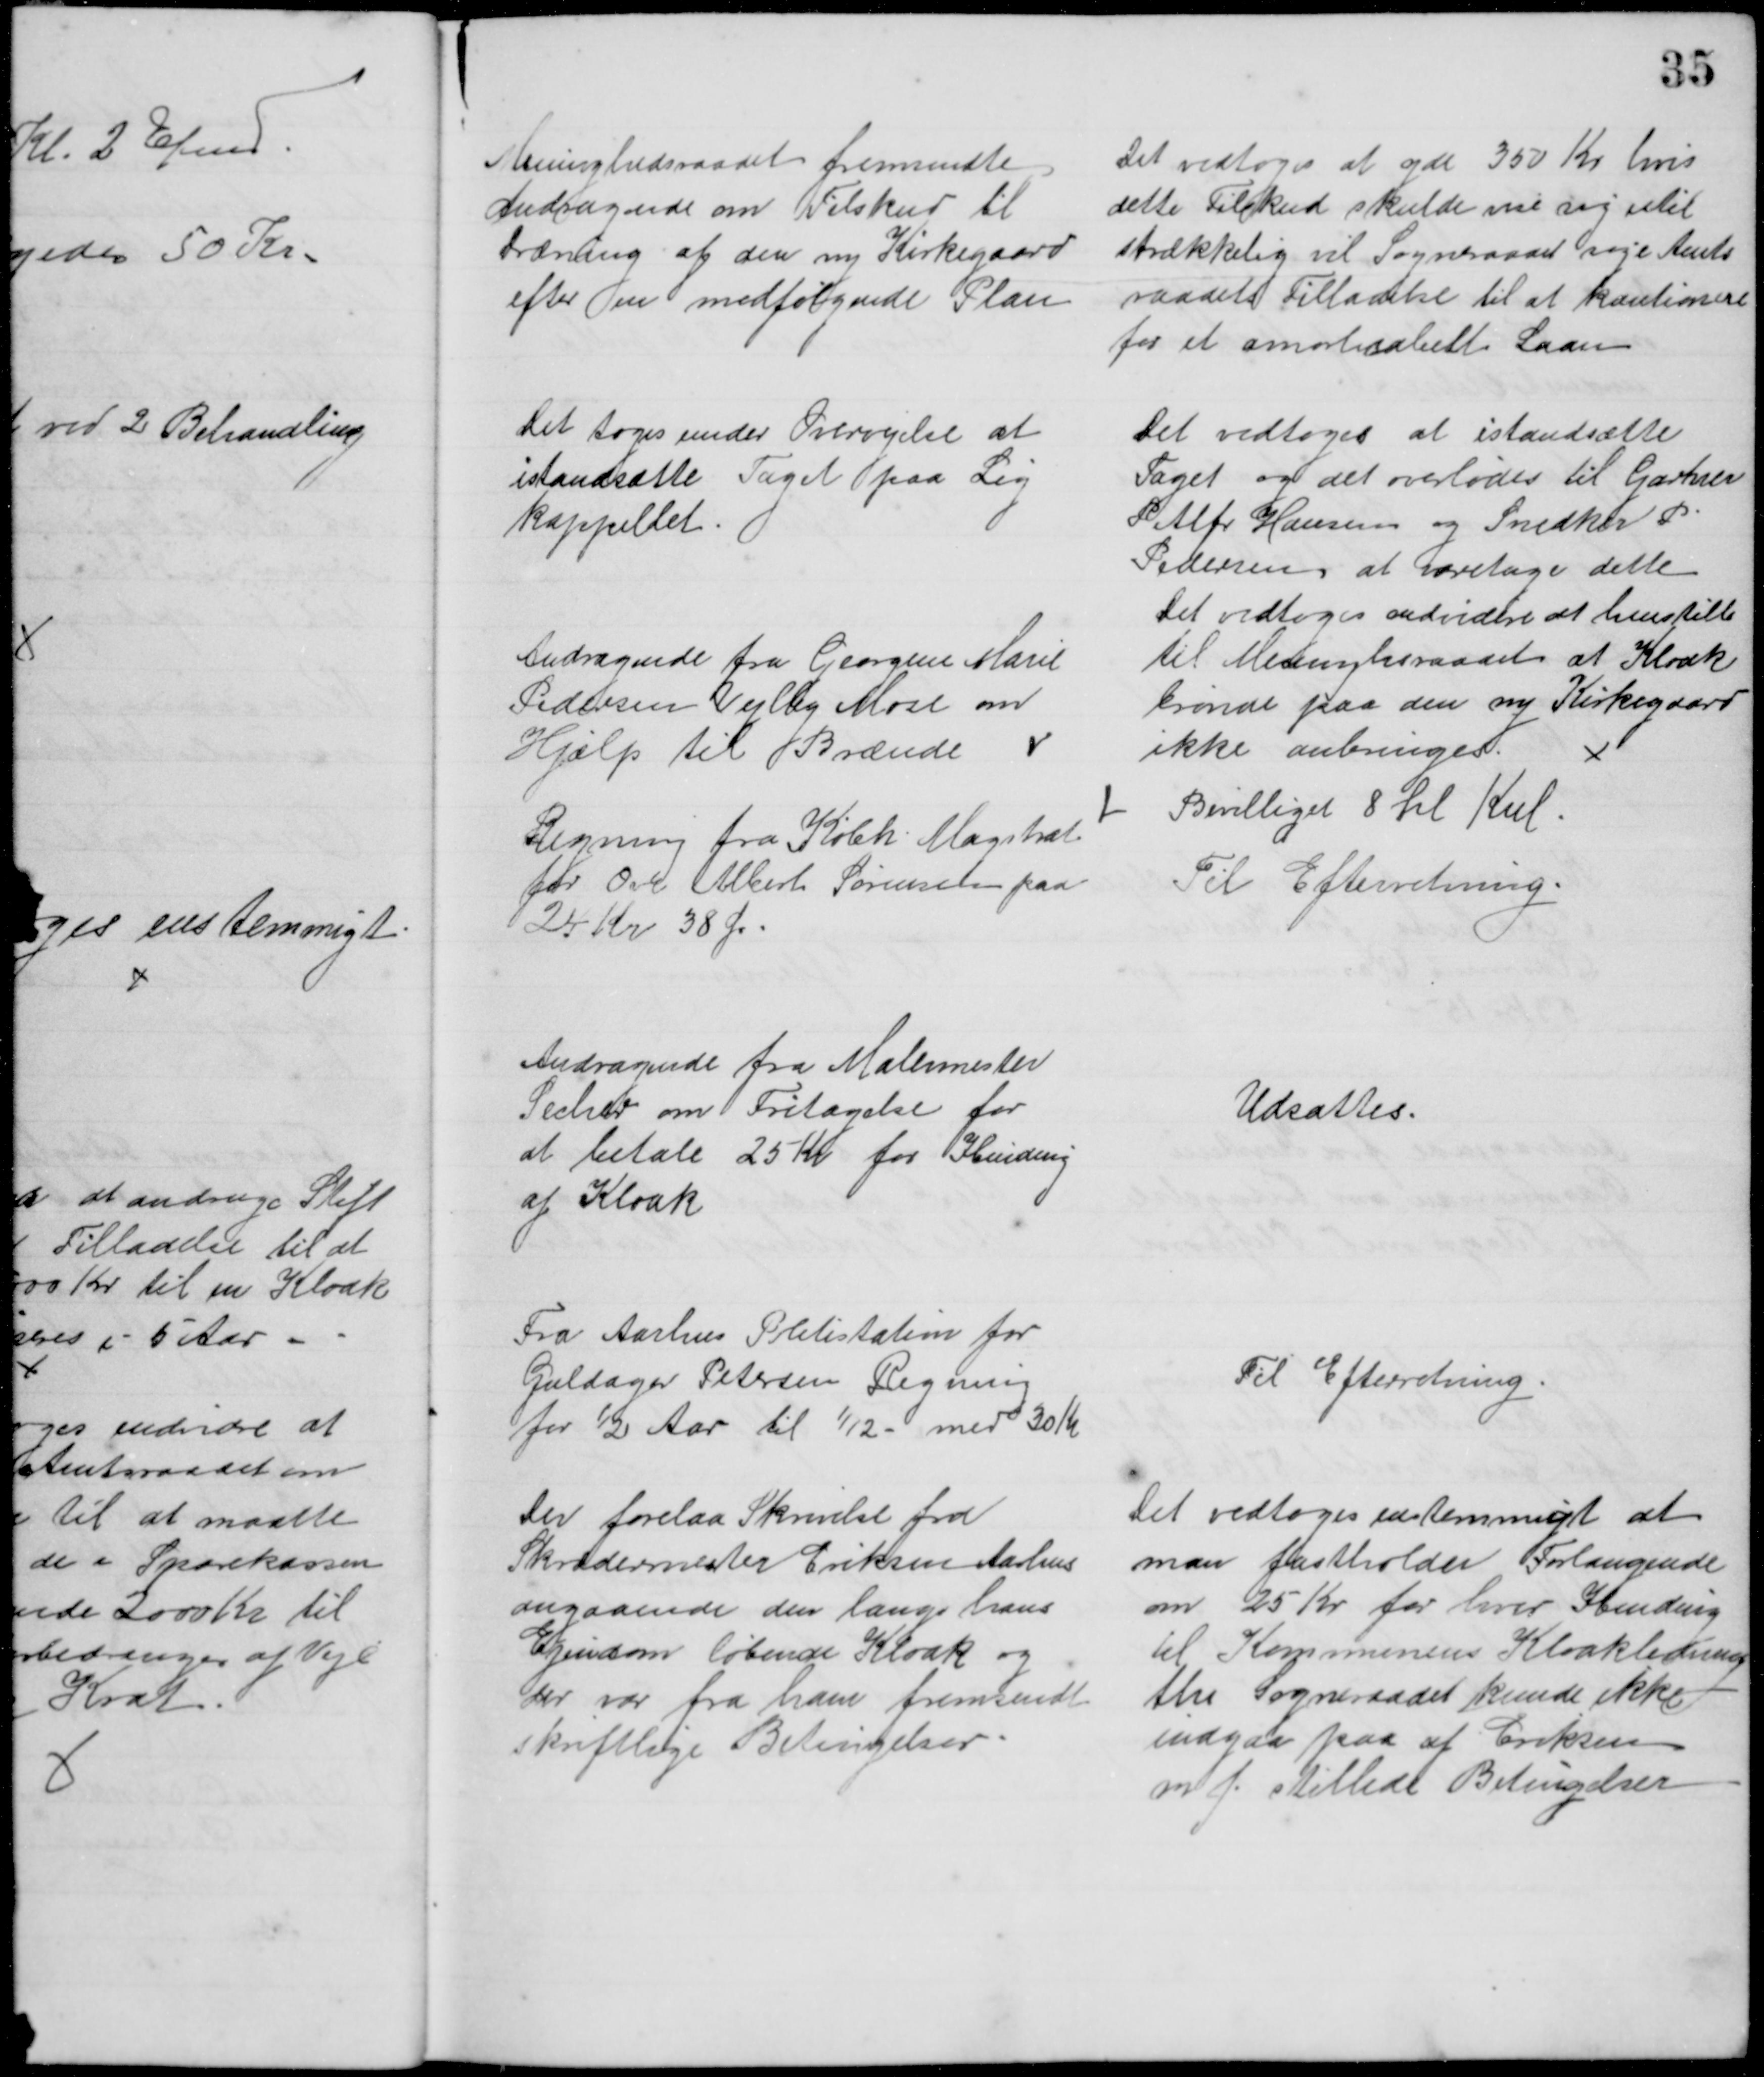
Transskription:
Menighedsraadet fremsendte
Andragende om Tilskud til
Dræning af den ny Kirkegaard
efter en medfølgende Plan
Det vedtoges at yde 350 Kr hvis
dette Tilskud skulde nu sig util
strækkelig vil Sogneraadet søge Amts
raadets Tilladelse til at kautionere
for et amortisabelt Laan
Det toges under Overvejelse at 
istandsætte Taget paa Lig
kappellet.
Det vedtoges at istandsætte
Taget og det overlodes til Gartner 
P Alfr Hansen og Snedker P.
Pedersen at varetage dette
Det vedtoges endvidere at henstille 
til Menighsraadet at Kloak
brønde paa den ny Kirkegaard
ikke anbringes.
Andragende fra Georgine Marie
Pedersen Vejlby Mose om
Hjælp til Brænde
Bevilliget 8 hl Kul.
Regning fra Købh. Magistrat
for Ove Albert Sørensen paa
 24 Kr 38 Ør.
Til Efterretning.
Andragende fra Malermester
Secher om Fritagelse for
at betale 25 Kr for Ibinding
af Kloak
Udsattes.
Fra Aarhus Politistation for
Guldager Petersen Regning
for ½ Aar til 1/12 - med 30 Kr
Til Efterretning
Der forelaa Skrivelse fra
Skrædermester Eriksen Aarhus
angaaende den langs hans
Ejendom løbende Kloak og
der var fra ham fremsendt
skriftlige Betingelser.
Det vedtoges enstemmigt at 
man fastholder Forlangende
om 25 Kr for hver Ibending
til Kommunens Kloakledning
thi Sogneraadet kunde ikke
indgaa paa af Eriksen
m.f. stillede Betingelser